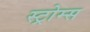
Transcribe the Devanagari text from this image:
स्ट्रोम्स